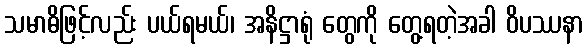
သမာဓိဖြင့်လည်း ပယ်ရမယ်၊ အနိဋ္ဌာရုံ တွေကို တွေ့ရတဲ့အခါ ဝိပဿနာ